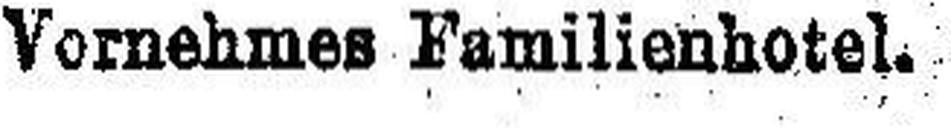
Vornehmes Familienhotel.